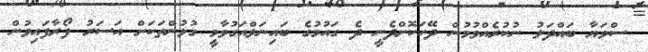
ސްވަޔާ ބައްދަލު ނުކުރެއްވުމުން ދޭހަކޮށްދެނީ ދެ ގައުމުގެ ބައިނަލްއަގުވާމީ ގުޅުންތަކަށް އަސަރު ފޯރާފައިވުން